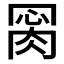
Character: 𦛂